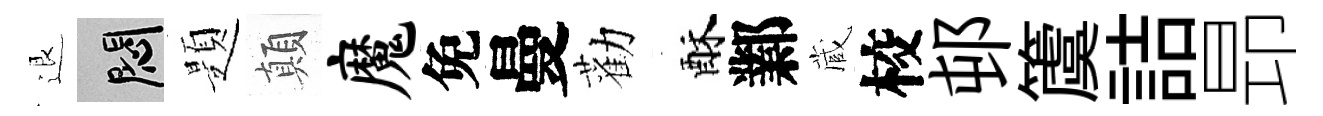
退悶題顛魔免曼勸酥鄴蔵校邨𥵂詰昻